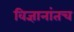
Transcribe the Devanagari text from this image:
विज्ञानांतच